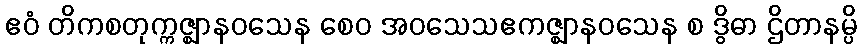
ဧဝံ တိကစတုက္ကဇ္ဈာနဝသေန စေဝ အဝသေသဧကဇ္ဈာနဝသေန စ ဒွိဓာ ဌိတာနမ္ပိ